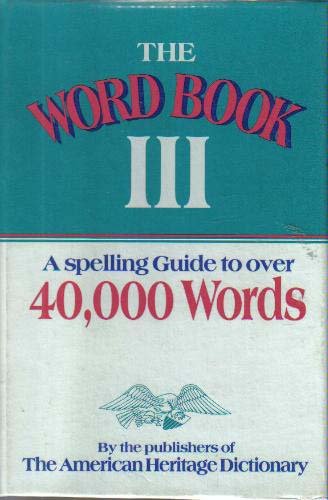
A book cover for The Word Book III: A Spelling Guide to Over 40,000 Words; Houghton Mifflin Company; Reference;